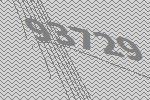
93729